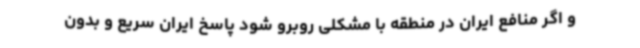
و اگر منافع ایران در منطقه با مشکلی روبرو شود پاسخ ایران سریع و بدون